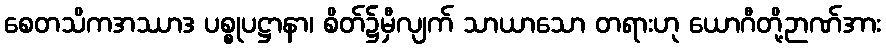
စေတသိကအဿာဒ ပစ္စုပဋ္ဌာနာ၊ စိတ်၌မှီလျက် သာယာသော တရားဟု ယောဂီတို့ဉာဏ်အား